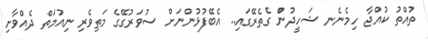
ތުއްތު ކުއްޖާ ހިމެނެނ ޝަހީދުންް ގެތެރޭގައި.. އެބޭފުޅުންނަށް ސުވަރުގޭޭގެެެެެ މަތިވެރި ނިއުމަތް ދެއްވާށި